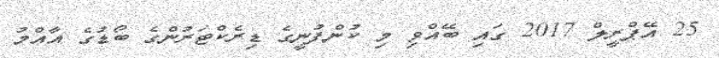
25 އޭޕްރީލް 2017 ގައި ބޭއްވި މި ކުންފުނީގެ ޑިރެކްޓަރުންގެ ބޯޑުގެ އާއްމު